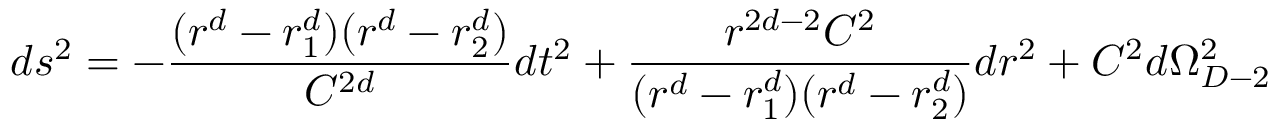
d s ^ { 2 } = - { \frac { ( r ^ { d } - r _ { 1 } ^ { d } ) ( r ^ { d } - r _ { 2 } ^ { d } ) } { C ^ { 2 d } } } d t ^ { 2 } + { \frac { r ^ { 2 d - 2 } C ^ { 2 } } { ( r ^ { d } - r _ { 1 } ^ { d } ) ( r ^ { d } - r _ { 2 } ^ { d } ) } } d r ^ { 2 } + C ^ { 2 } d \Omega _ { D - 2 } ^ { 2 }